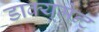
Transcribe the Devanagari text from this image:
डाक्यूमेन्ट